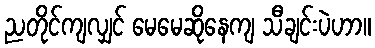
ညတိုင်ကျလျှင် မေမေဆိုနေကျ သီချင်းပဲဟာ။